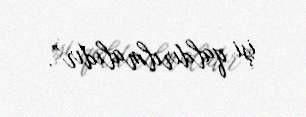
işi qaldırılmalıdır”.